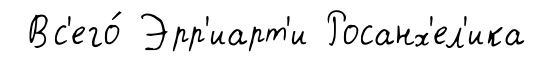
Вс'его́ Эрр'иарт'и Росанх'ел'ика